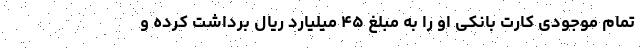
تمام موجودی کارت بانکی او را به مبلغ ۴۵ میلیارد ریال برداشت کرده و